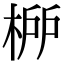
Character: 𣓠